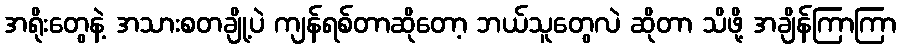
အရိုးတွေနဲ့ အသားစတချို့ပဲ ကျန်ရစ်တာဆိုတော့ ဘယ်သူတွေလဲ ဆိုတာ သိဖို့ အချိန်ကြာကြာ